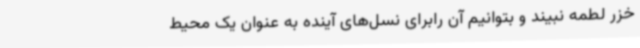
خزر لطمه نبیند و بتوانیم آن رابرای نسل‌های آینده به عنوان یک محیط